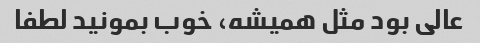
عالی بود مثل همیشه، خوب بمونید لطفا